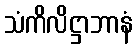
သံကိလိဋ္ဌာဘာနံ